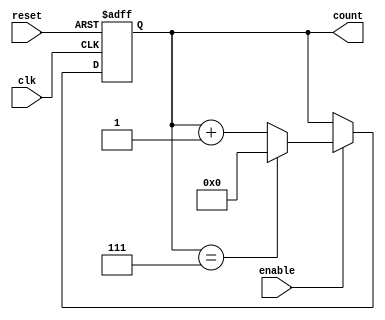
module mod_n_async_counter #(parameter N = 8) (
    input wire clk,       // Clock input
    input wire reset,     // Asynchronous reset
    input wire enable,    // Enable input
    output reg [N-1:0] count // Counter output
);

    // Internal signal to hold the next count value
    reg [N-1:0] next_count;

    // Asynchronous reset and counting logic
    always @(posedge clk or posedge reset) begin
        if (reset) begin
            count <= 0; // Reset the counter to 0
        end else if (enable) begin
            if (count == (N-1)) begin
                count <= 0; // Reset to 0 when reaching N
            end else begin
                count <= count + 1; // Increment the counter
            end
        end
    end

endmodule